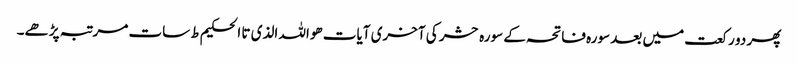
پھر دو رکعت میں بعد سورہ فاتحہ کے سورہ حشر کی آخری آیات ھواللہ الذی تا الحکیم ط سات مرتبہ پڑھے۔